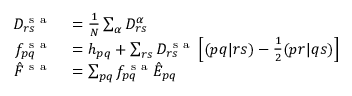
\begin{array} { r l } { D _ { r s } ^ { \mathrm { ~ s ~ a ~ } } } & { { } = \frac { 1 } { N } \sum _ { \alpha } D _ { r s } ^ { \alpha } } \\ { f _ { p q } ^ { \mathrm { ~ s ~ a ~ } } } & { { } = h _ { p q } + \sum _ { r s } D _ { r s } ^ { \mathrm { ~ s ~ a ~ } } \left[ ( p q | r s ) - \frac { 1 } { 2 } ( p r | q s ) \right] } \\ { \hat { F } ^ { \mathrm { ~ s ~ a ~ } } } & { { } = \sum _ { p q } f _ { p q } ^ { \mathrm { ~ s ~ a ~ } } \hat { E } _ { p q } } \end{array}